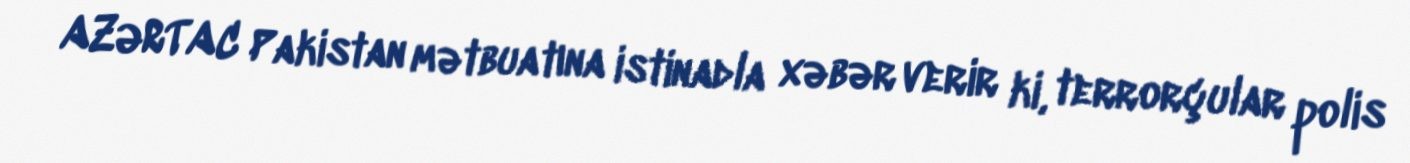
AZƏRTAC Pakistan mətbuatına istinadla xəbər verir ki, terrorçular polis